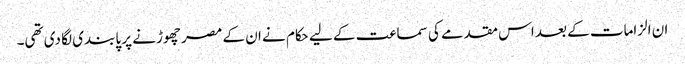
ان الزامات کے بعد اس مقدمے کی سماعت کے لیے حکام نے ان کے مصر چھوڑنے پر پابندی لگا دی تھی۔